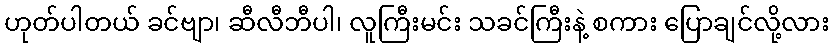
ဟုတ်ပါတယ် ခင်ဗျာ၊ ဆီလီဘီပါ၊ လူကြီးမင်း သခင်ကြီးနဲ့ စကား ပြောချင်လို့လား